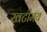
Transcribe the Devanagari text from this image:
खटीमय